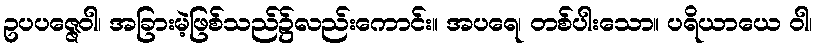
ဥပပဇ္ဇေဝါ၊ အခြားမဲ့ဖြစ်သည်၌လည်းကောင်း။ အပရေ၊ တစ်ပါးသော။ ပရိယာယေ ဝါ၊